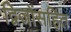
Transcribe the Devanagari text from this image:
द्विजोंसहित